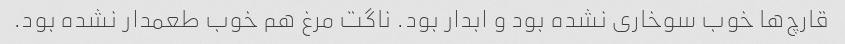
قارچ‌ها خوب سوخاری نشده بود و ابدار بود. ناگت مرغ هم خوب طعمدار نشده بود.